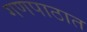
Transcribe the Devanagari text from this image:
गणपाठात